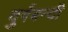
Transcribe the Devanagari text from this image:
दुर्गबन्दी